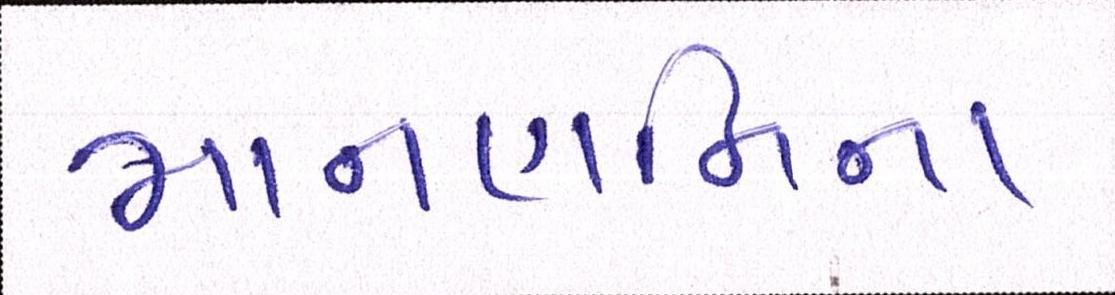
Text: માનહાનિના